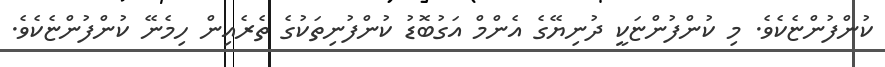
ކުންފުންޏެކެވެ. މި ކުންފުންޏަކީ ދުނިޔޭގެ އެންމް އަގުބޮޑު ކުންފުނިތަކުގެ ތެރެއިން ހިމެނޭ ކުންފުންޏެކެވެ.